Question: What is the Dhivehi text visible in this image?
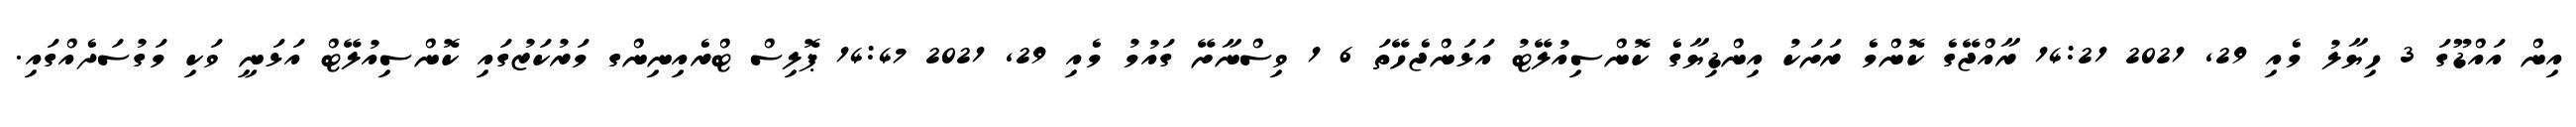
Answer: އިން އައްޑޫގަ 3 ހިޔާލު މެއި 29, 2021 14:21 ރާއްޖޭގެ ކޮންމެ ރަށަކު އިންޑިޔާގެ ކޮންސިއުލޭޓު އަޅަންޖެހޭތަ 6 1 ވިސްނާށޭ ގައުމު މެއި 29, 2021 14:47 ޕޮލިސް ޓްރެއިނިންގ މަރުކަޒުގައި ކޮންސިއުލޭޓް އަޅަނީ ވަކި މަގުސަދެއްގައި.